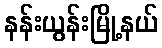
နန်းယွန်းမြို့နယ်